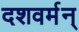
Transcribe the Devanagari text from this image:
दशवर्मन्‌